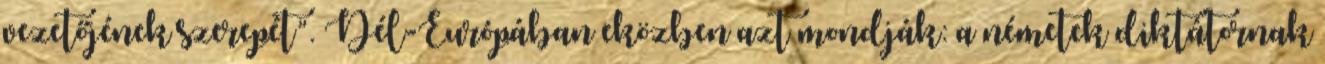
vezetőjének szerepét”. Dél-Európában eközben azt mondják: a németek diktátornak